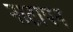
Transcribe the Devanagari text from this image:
नाटापन